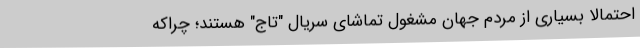
احتمالا بسیاری از مردم جهان مشغول تماشای سریال "تاج" هستند؛ چراکه